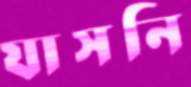
যাসনি